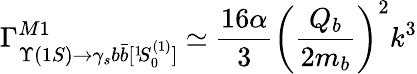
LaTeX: {\Gamma}_{\Upsilon(1S){\rightarrow}\gamma_{s}b\bar{b}[{}^{1}\! S_{0}^{(1)}]}^{M1}\ {\simeq}\ \frac{16\alpha}{3}\biggl(\frac{Q_{b}}{2m_{b}}\biggr)^{2}k^{3}